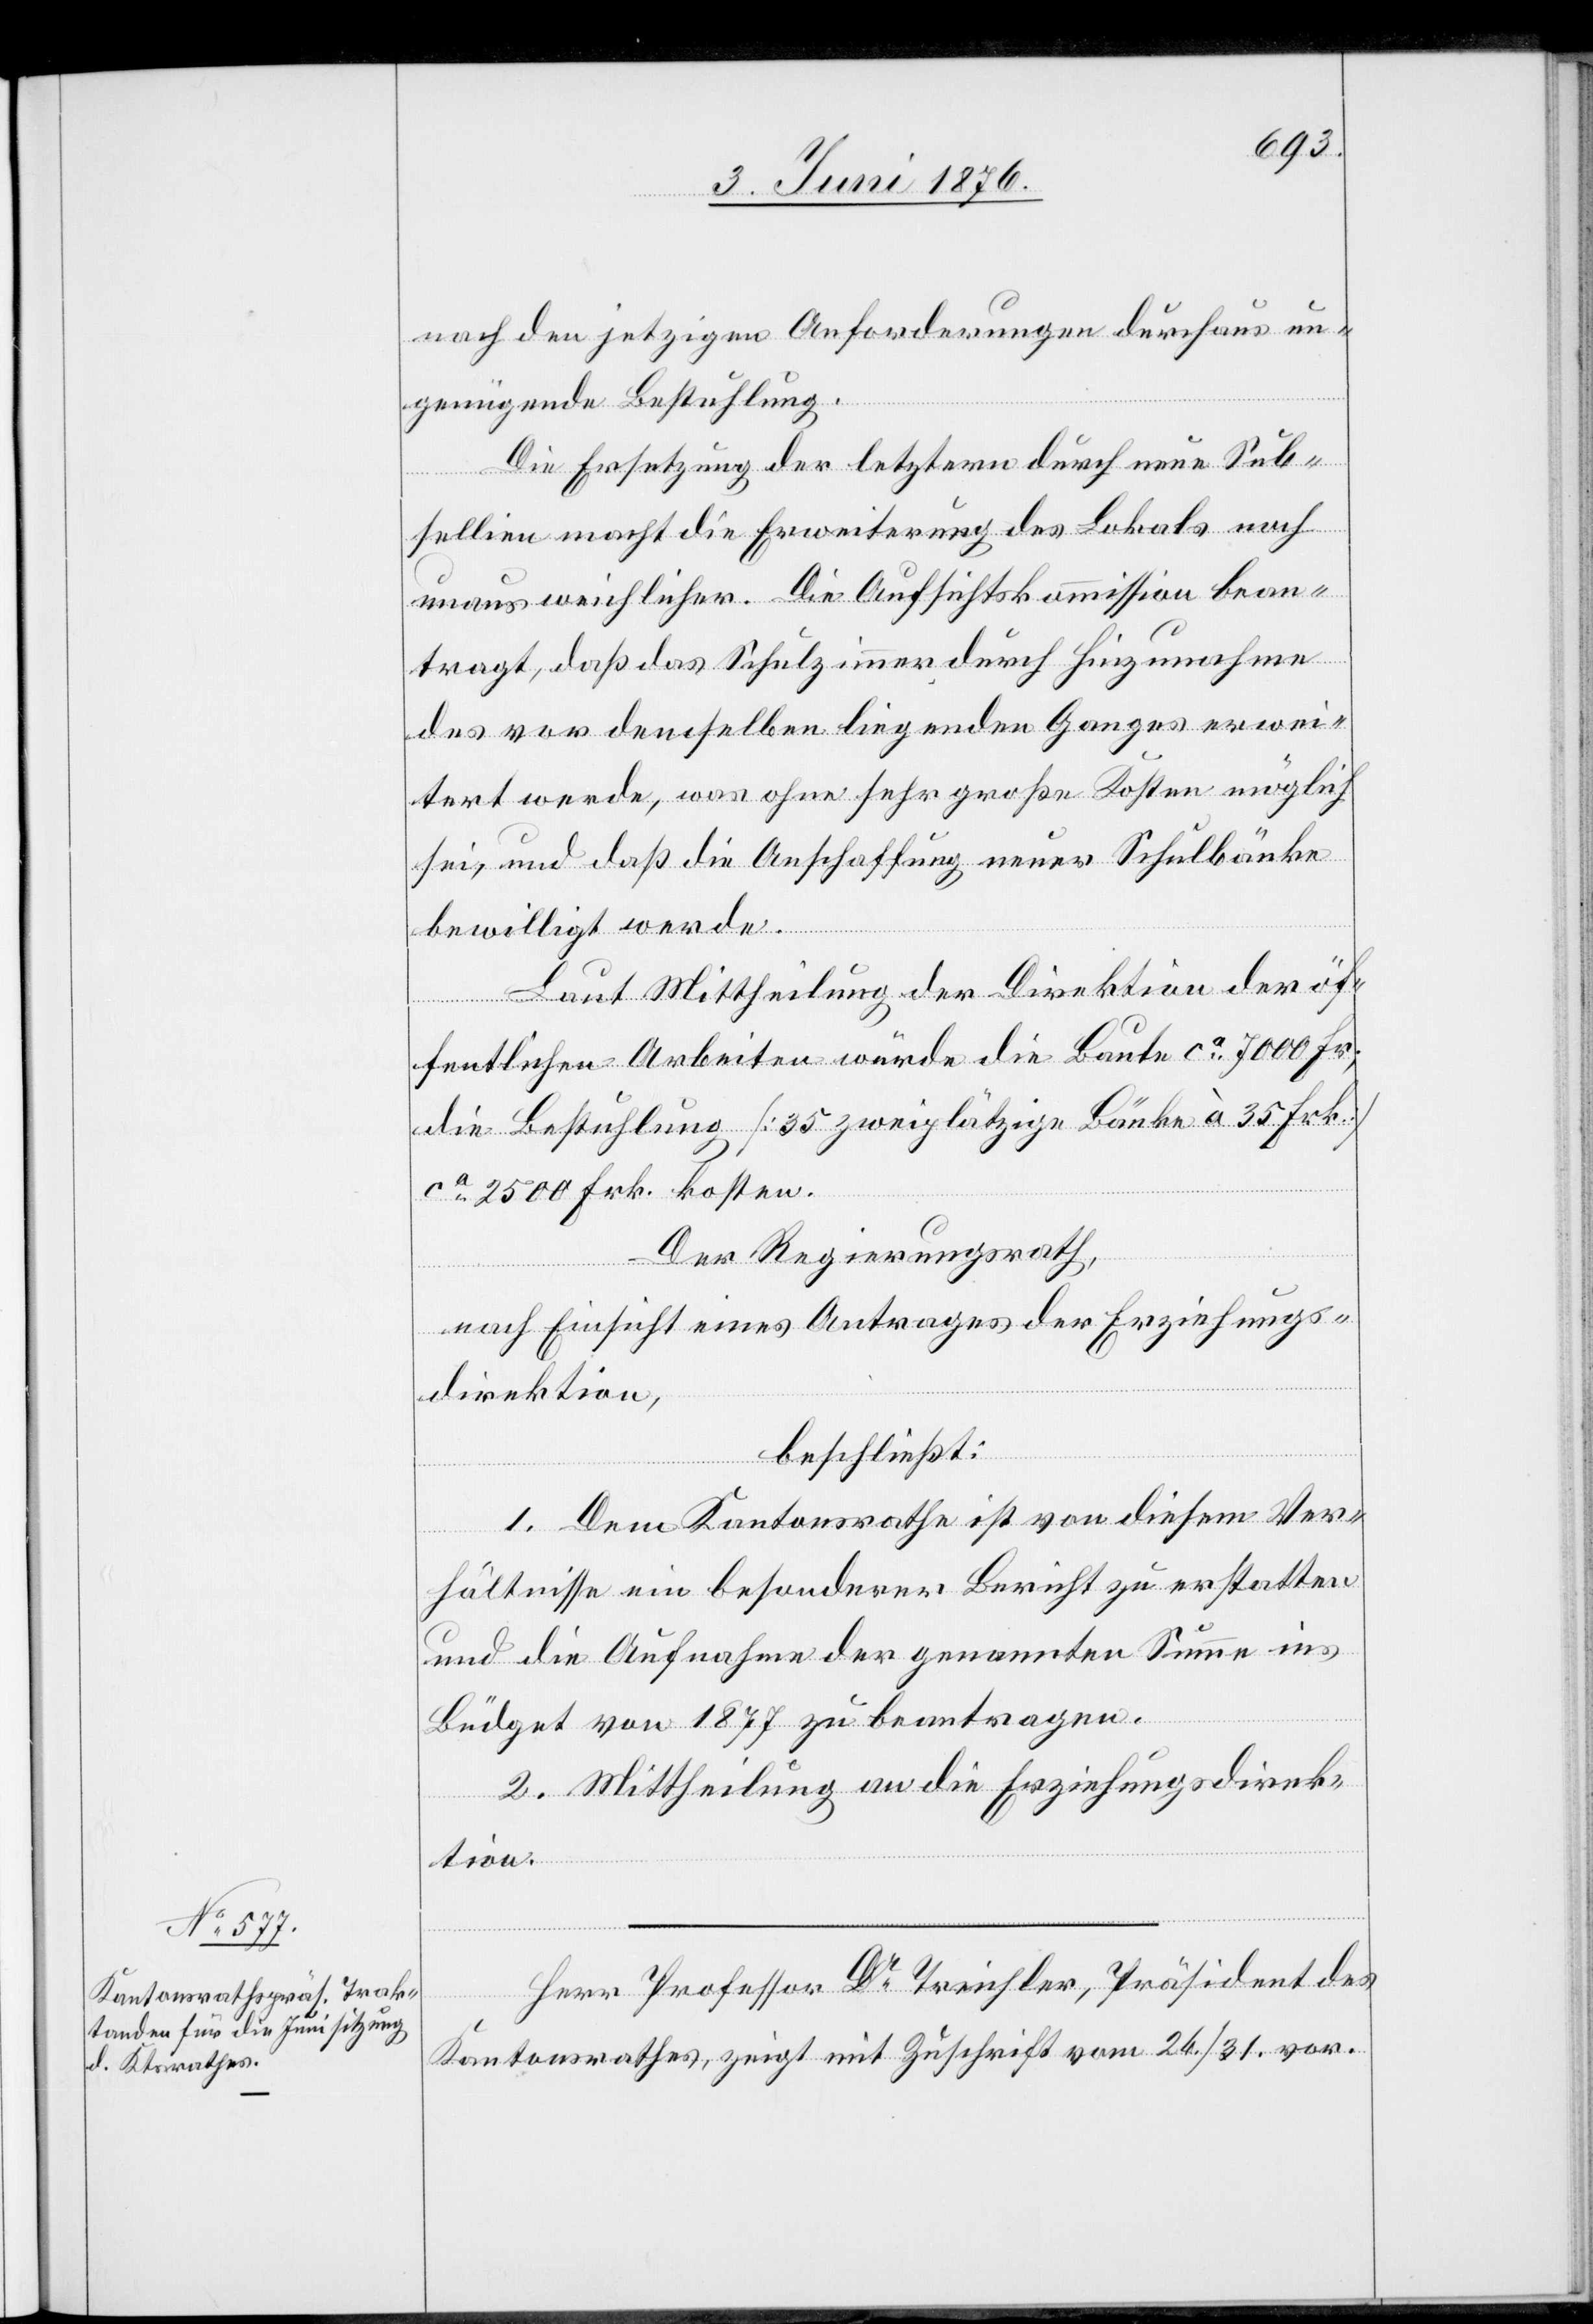
nach den jetzigen Anforderungen durchaus un¬
genügende Bestuhlung.
Die Ersetzung der letztern durch neue Sub¬
sellien macht die Erweiterung des Lokals noch
unausweichlicher. Die Aufsichtskommission bean¬
tragt, daß das Schulzimmer durch Hinzunahme
des vor denselben liegenden Ganges erwei¬
tert werde, was ohne sehr große Kosten möglich
sei, und daß die Anschaffung neuer Schulbänke
bewilligt werde.
Laut Mittheilung der Direktion der öf¬
fentlichen Arbeiten würde die Baute ca 7000 Fr.,
die Bestuhlung [35 zweiplätzige Bänke à 35 Frk.]
ca 2500 Frk. kosten.
Der Regierungsrath,
nach Einsicht eines Antrages der Erziehungs¬
direktion,
beschließt:
1. Dem Kantonsrathe ist von diesem Ver¬
hältnisse ein besonderer Bericht zu erstatten
und die Aufnahme der genannten Summe ins
Büdget von 1877 zu beantragen.
2. Mittheilung an die Erziehungsdirek¬
tion.
Herr Professor Dr Treichler, Präsident des
Kantonsrathes, zeigt mit Zuschrift vom 26./31. vor.